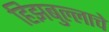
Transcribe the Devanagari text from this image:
हिझबुल्लाचे